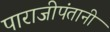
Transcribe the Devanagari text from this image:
पाराजीपंतानी